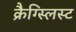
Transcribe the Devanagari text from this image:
क्रैग्स्लिस्ट